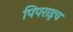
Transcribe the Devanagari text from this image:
पिपराइच